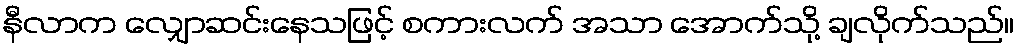
နီလာက လျှောဆင်းနေသဖြင့် စကားလက် အသာ အောက်သို့ ချလိုက်သည်။